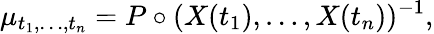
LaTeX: \mu_{t_{1},\dots,t_{n}}=P\circ(X({t_{1}}),\dots,X({t_{n}}))^{-1},